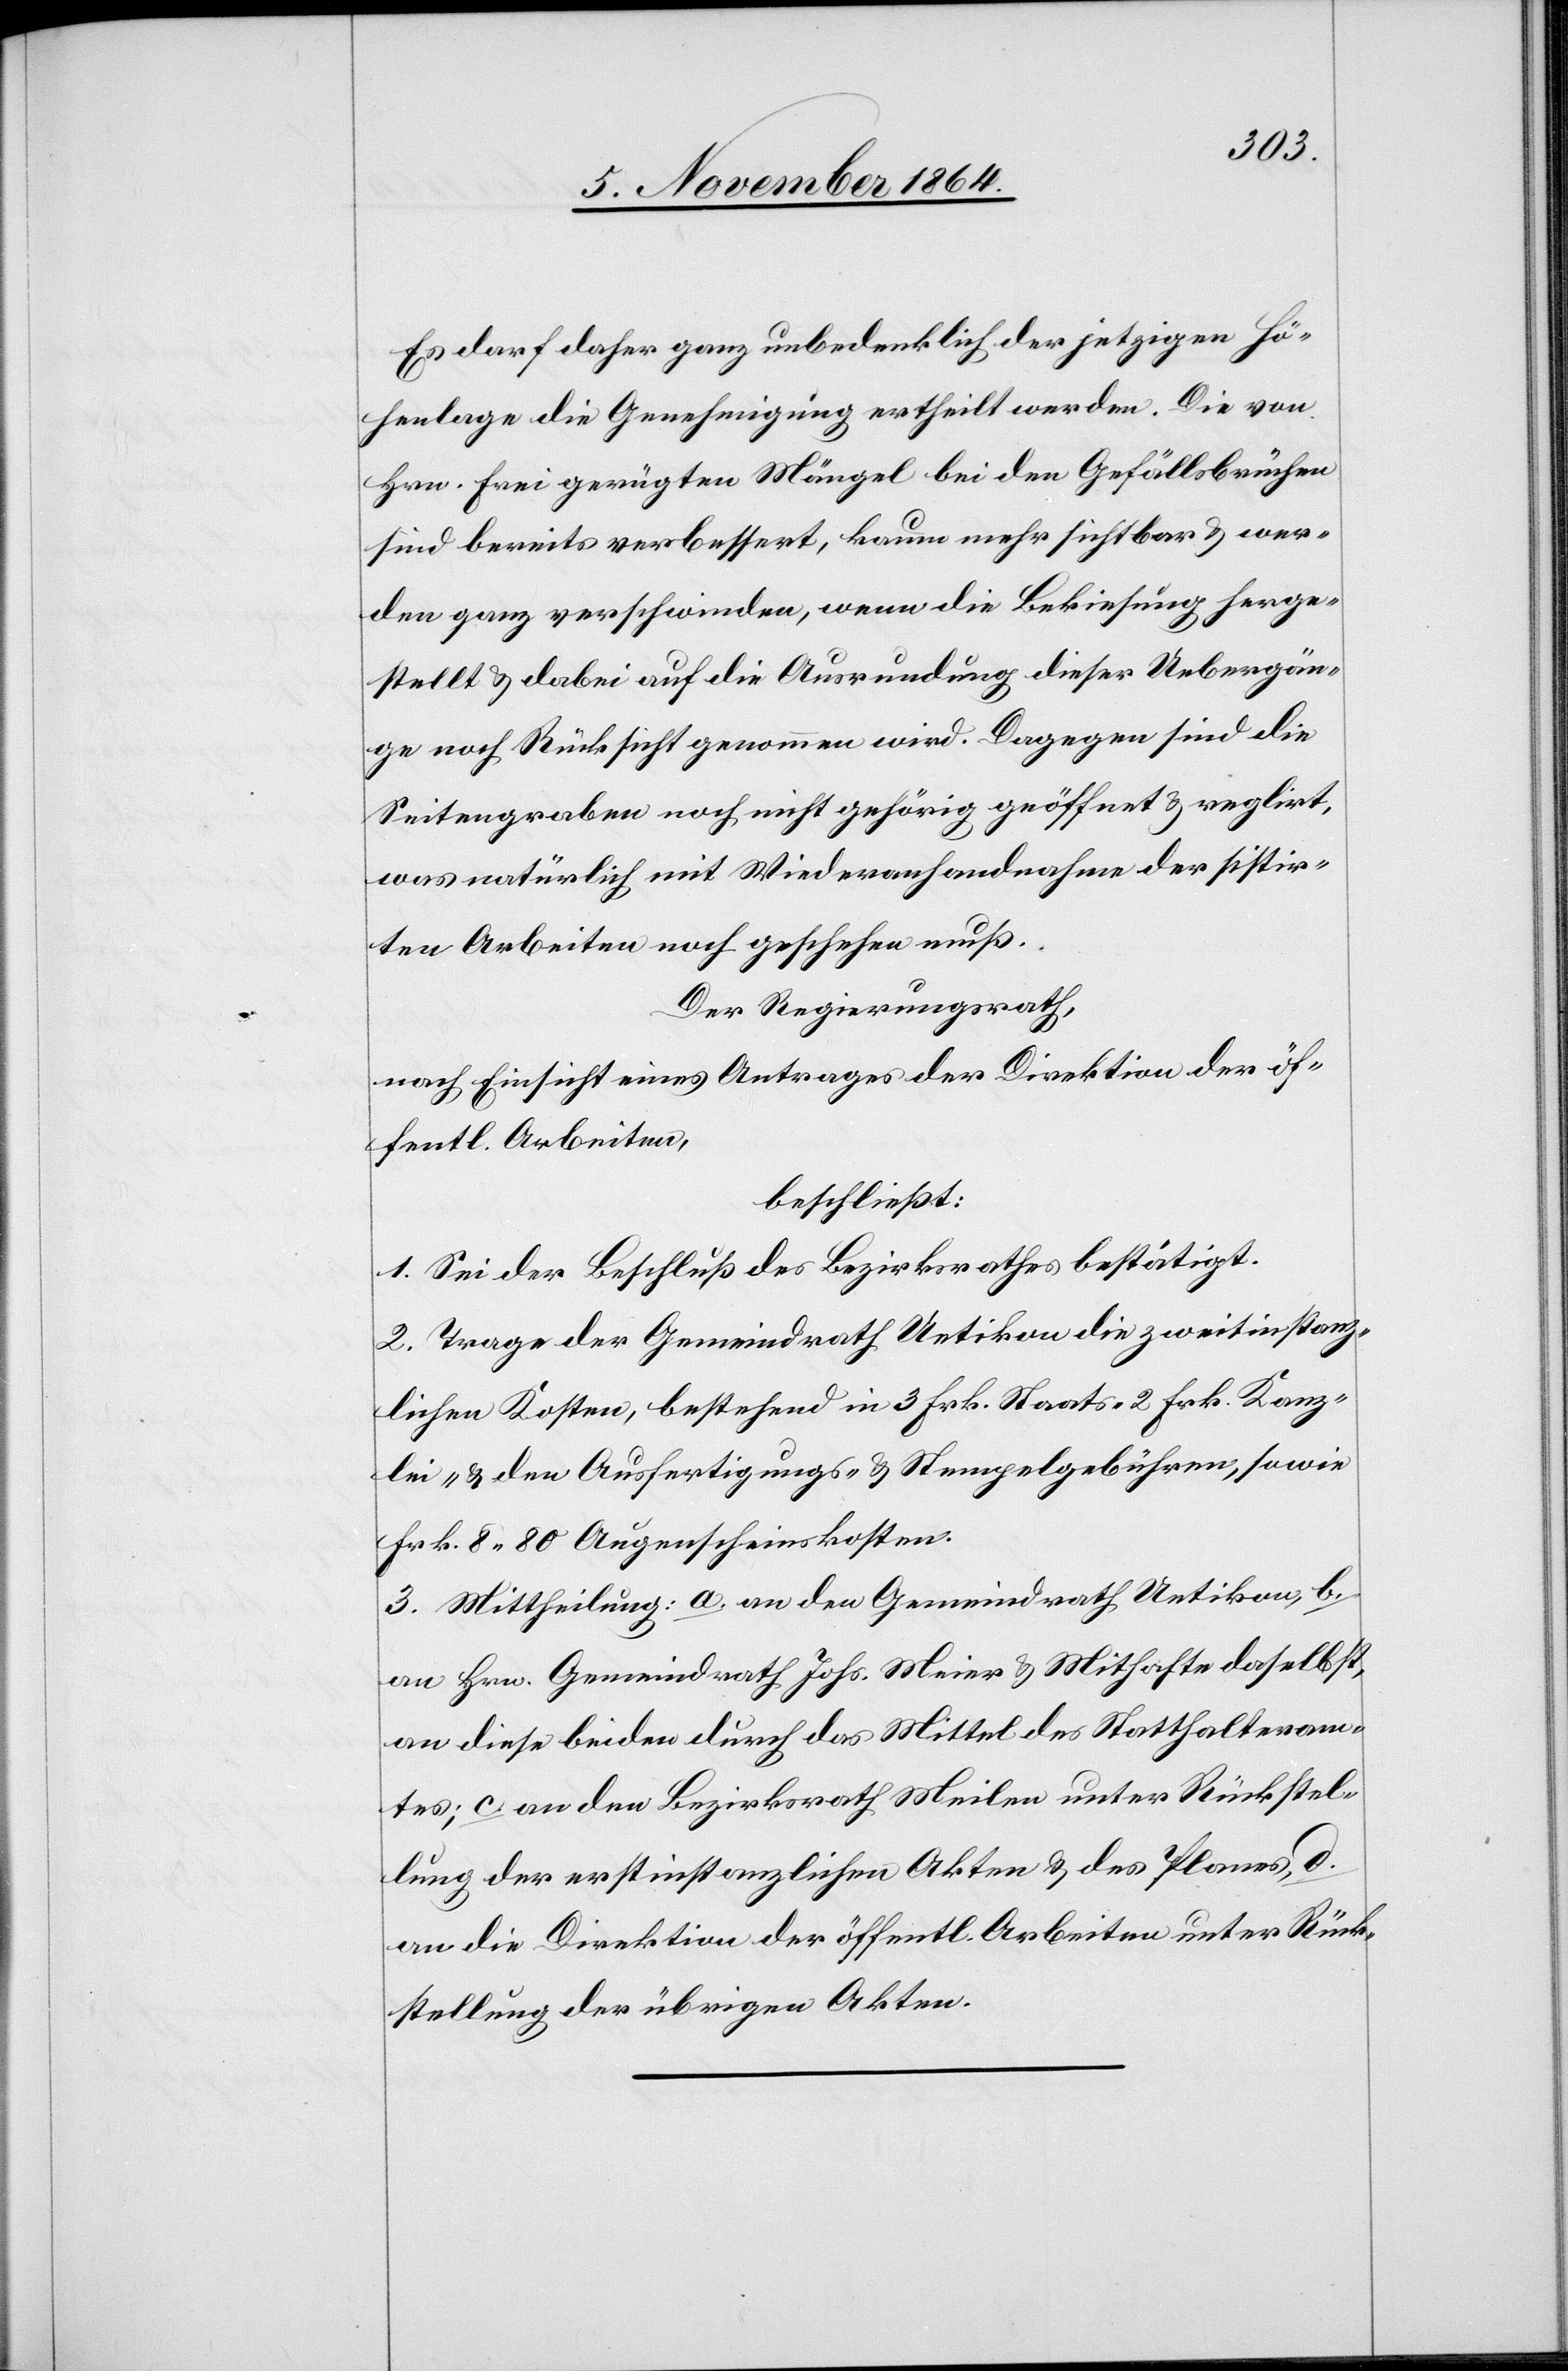
Es darf daher ganz unbedenklich der jetzigen Hö¬
henlage die Genehmigung ertheilt werden. Die von
Hrn. Frei gerügten Mängel bei den Gefällsbrüchen
sind bereits verbessert, kaum mehr sichtbar & wer¬
den ganz verschwinden, wenn die Bekiesung herge¬
stellt & dabei auf die Ausrundung dieser Uebergän¬
ge noch Rücksicht genommen wird. Dagegen sind die
Seitengraben noch nicht gehörig geöffnet & reglirt,
was natürlich mit Wiederanhandnahme der sistir¬
ten Arbeiten noch geschehen muß.
Der Regierungsrath,
nach Einsicht eines Antrages der Direktion der öf¬
fentl. Arbeiten,
beschließt:
1. Sei der Beschluß des Bezirksrathes bestätigt.
2. Trage der Gemeindrath Uetikon die zweitinstanz¬
lichen Kosten, bestehend in 3 Frk. Staats- 2 Frk. Kanz¬
lei- & den Ausfertigungs- & Stempelgebühren, sowie
Frk. 8.80 Augenscheinskosten.
3. Mittheilung: a. an den Gemeindrath Uetikon, b.
an Hrn. Gemeindrath Johs. Meier & Mithafte daselbst,
an diese beiden durch das Mittel des Statthalteram¬
tes; c. an den Bezirksrath Meilen unter Rückstel¬
lung der erstinstanzlichen Akten & des Planes, d.
an die Direktion der öffentl. Arbeiten unter Rück¬
stellung der übrigen Akten.